Annual statistical returns and brief notes on vaccination in Bengal - 1896-1909
Year: 1896
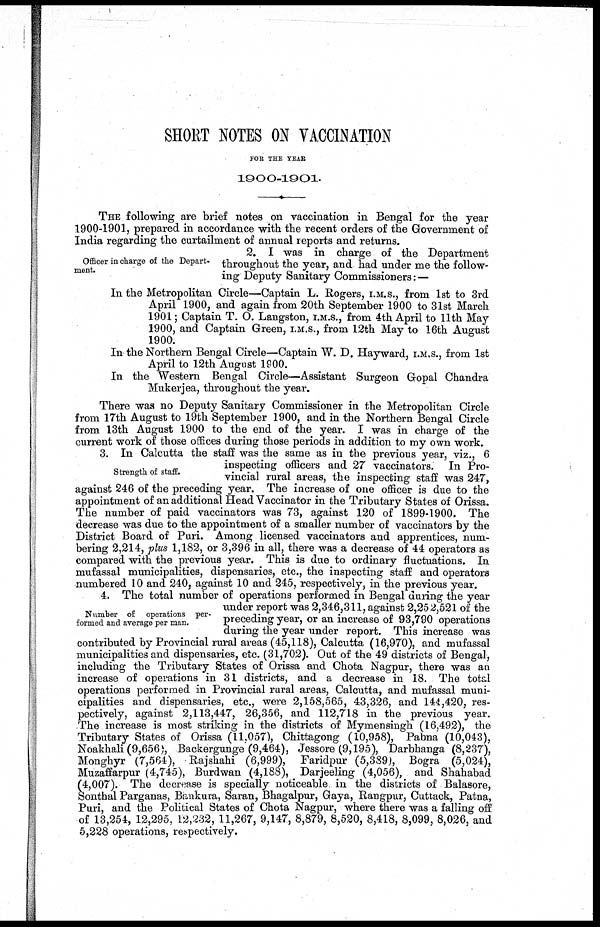
SHORT NOTES ON VACCINATION
FOR THE YEAR
1900-1901.
THE following are brief notes on vaccination in Bengal for the year
1900-1901, prepared in accordance with the recent orders of the Government of
India regarding the curtailment of annual reports and returns.
Officer in charge of the Depart-
ment.
2. I was in charge of the Department
throughout the year, and had under me the follow-
ing Deputy Sanitary Commissioners: —
In the Metropolitan Circle—Captain L. Rogers, I.M.S., from 1st to 3rd
April 1900, and again from 20th September 1900 to 31st March
1901; Captain T. O. Langston, I.M.S., from 4th April to 11th May
1900, and Captain Green, I.M.S., from 12th May to 16th August
1900.
In the Northern Bengal Circle—Captain W. D. Hayward, I.M.S., from 1st
April to 12th August 1900.
In the Western Bengal Circle—Assistant Surgeon Gopal Chandra
Mukerjea, throughout the year.
There was no Deputy Sanitary Commissioner in the Metropolitan Circle
from 17th August to 19th September 1900, and in the Northern Bengal Circle
from 13th August 1900 to the end of the year. I was in charge of the
current work of those offices during those periods in addition to my own work.
Strength of staff.
3. In Calcutta the staff was the same as in the previous year, viz., 6
inspecting officers and 27 vaccinators. In Pro-
vincial rural areas, the inspecting staff was 247,
against 246 of the preceding year. The increase of one officer is due to the
appointment of an additional Head Vaccinator in the Tributary States of Orissa.
The number of paid vaccinators was 73, against 120 of 1899-1900. The
decrease was due to the appointment of a smaller number of vaccinators by the
District Board of Puri. Among licensed vaccinators and apprentices, num-
bering 2,214, plus 1,182, or 3,396 in all, there was a decrease of 44 operators as
compared with the previous year. This is due to ordinary fluctuations. In
mufassal municipalities, dispensaries, etc., the inspecting staff and operators
numbered 10 and 240, against 10 and 245, respectively, in the previous year.
Number of operations per-
formed and average per man.
4. The total number of operations performed in Bengal during the year
under report was 2,346,311, against 2,252,521 of the
p receding year, or an increase of 93,790 operations
during the year under report. This increase was
contributed by Provincial rural areas (45,118), Calcutta (16,970), and mufassal
municipalities and dispensaries, etc. (31,702). Out of the 49 districts of Bengal,
including the Tributary States of Orissa and Chota Nagpur, there was an
increase of operations in 31 districts, and a decrease in 18. The total
operations performed in Provincial rural areas, Calcutta, and mufassal muni-
cipalities and dispensaries, etc., were 2,158,565, 43,326, and 144,420, res-
pectively, against 2,113,447, 26,356, and 112,718 in the previous year.
The increase is most striking in the districts of Mymensingh (16,492), the
Tributary States of Orissa (11,057), Chittagong (10,958), Pabna (10,043),
Noakhali (9,656), Backergunge(9,464), Jessore (9,195), Darbhanga (8,237),
Monghyr (7,564), Rajshahi (6,999), Faridpur (5,389), Bogra (5,024),
Muzaffarpur (4,745), Burdwan (4,188), Darjeeling (4,056), and Shahabad
(4,007). The decrease is specially noticeable in the districts of Balasore,
Sonthal Parganas, Bankura, Saran, Bhagalpur, Gaya, Rangpur, Cuttack, Patna,
Puri, and the Political States of Chota Nagpur, where there was a falling off
of 13,254, 12,295, 12,232, 11,267, 9,147, 8,879, 8,520, 8,418, 8,099, 8,026, and
5,228 operations, respectively.